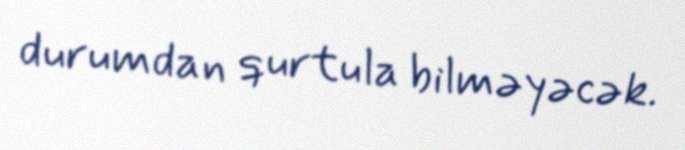
durumdan qurtula bilməyəcək.